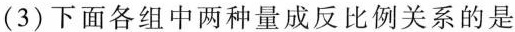
(3)下面各组中两种量成反比例关系的是